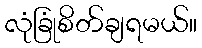
လုံခြုံစိတ်ချရမယ်။